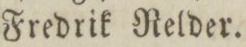
Fredrik Relder.